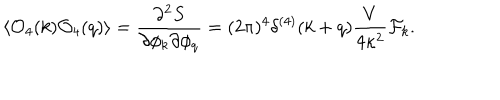
\langle { \cal O } _ { 4 } ( k ) { \cal O } _ { 4 } ( q ) \rangle = { \frac { \partial ^ { 2 } S } { \partial \phi _ { k } \partial \phi _ { q } } } = ( 2 \pi ) ^ { 4 } \delta ^ { ( 4 ) } ( k + q ) { \frac { V } { 4 \kappa ^ { 2 } } } { \cal F } _ { k } .